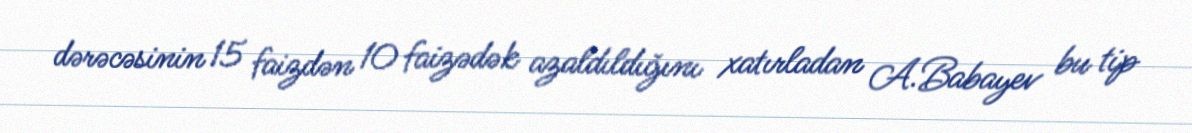
dərəcəsinin 15 faizdən 10 faizədək azaldıldığını xatırladan A.Babayev bu tip